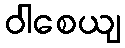
ဝါစေယျ